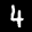
Label: 4